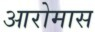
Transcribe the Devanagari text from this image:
आरोमास